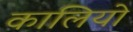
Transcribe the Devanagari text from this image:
कालियो